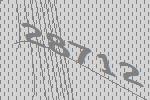
28712